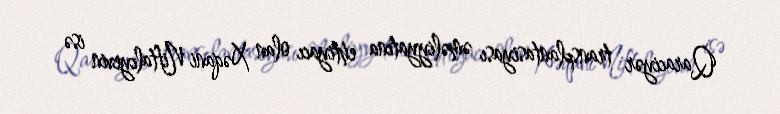
Qaraciyər transplantasiyası əməliyyatına ehtiyacı olan Xəqani Niftalıyevin isə